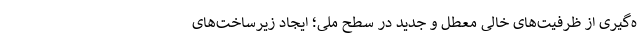
ه‌گیری از ظرفیت‌های خالی معطّل و جدید در سطح ملی؛ ایجاد زیرساخت‌های